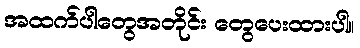
အထက်ပါတွေအတိုင်း တွေပေးထားပါ။